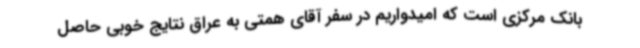
بانک مرکزی است که امیدواریم در سفر آقای همتی به عراق نتایج خوبی حاصل